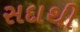
સદાથી